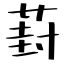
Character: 葑